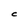
Character: C